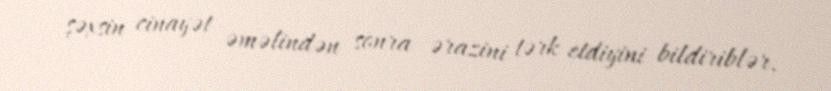
şəxsin cinayət əməlindən sonra ərazini tərk etdiyini bildiriblər.